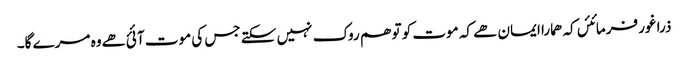
ذرا غور فرمائئں کہ ھمارا ایمان ھے کہ موت کو تو ھم روک نہیں سکتے جس کی موت آئئ ھےوہ مرے گا۔